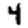
Digit: 4